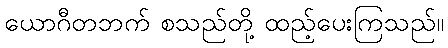
ယောဂီတဘက် စသည်တို့ ထည့်ပေးကြသည်။